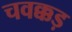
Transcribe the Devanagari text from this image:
चवक्कड़